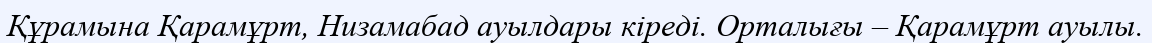
Құрамына Қарамұрт, Низамабад ауылдары кіреді. Орталығы – Қарамұрт ауылы.